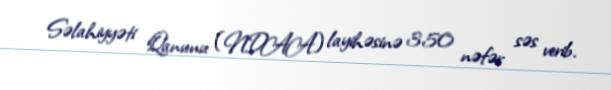
Səlahiyyəti Qanunu (NDAA) layihəsinə 350 nəfər səs verib.